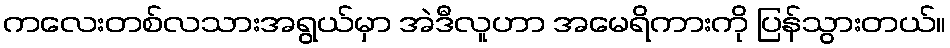
ကလေးတစ်လသားအရွယ်မှာ အဲဒီလူဟာ အမေရိကားကို ပြန်သွားတယ်။